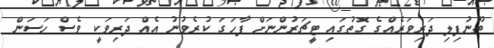
ތޫނުފިލި ދަރިވަރެއްގެ ގޮތުގައި ޓީޗަރުންނަށް ފާހަގަ ކުރެވުނު އެއް ދަރިވަކީ ވެސް ހަސަން